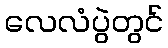
လေလံပွဲတွင်